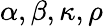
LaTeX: \alpha,\beta,\kappa,\rho